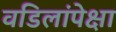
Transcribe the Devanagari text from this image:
वडिलांपेक्षा